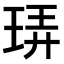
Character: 𪻠